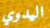
اليدوي